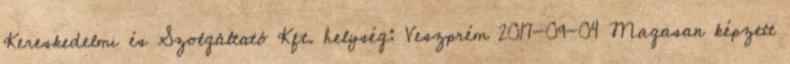
Kereskedelmi és Szolgáltató Kft. helység: Veszprém 2017-09-04 Magasan képzett